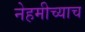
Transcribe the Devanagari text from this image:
नेहमीच्याच